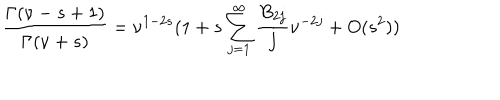
\frac { \Gamma ( \nu - s + 1 ) } { \Gamma ( \nu + s ) } = \nu ^ { 1 - 2 s } ( 1 + s \sum _ { j = 1 } ^ { \infty } \frac { B _ { 2 j } } { j } \nu ^ { - 2 j } + O ( s ^ { 2 } ) )